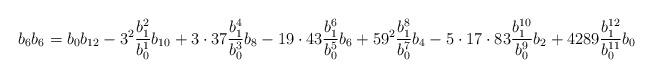
LaTeX: \begin{align*}\begin{aligned}b_6 b_6 = b_0b_{12}-3^2\dfrac{b_1^2}{b_0^1}b_{10}+3\cdot 37\dfrac{b_1^4}{b_0^3}b_8-19\cdot 43 \dfrac{b_1^6}{b_0^5}b_6+59^2 \dfrac{b_1^8}{b_0^7}b_4-5\cdot 17\cdot 83 \dfrac{b_1^{10}}{b_0^9}b_2 +4289\dfrac{b_1^{12}}{b_0^{11}}b_0\end{aligned}\end{align*}